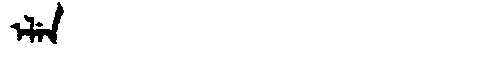
Manchu: ᡝᠯᡝᠨ
Romanization: ELEN